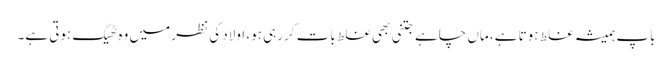
باپ ہمیشہ غلط ہوتا ہے، ماں چاہے جتنی بھی غلط بات کررہی ہو، اولاد کی نظر میں وہ ٹھیک ہوتی ہے۔